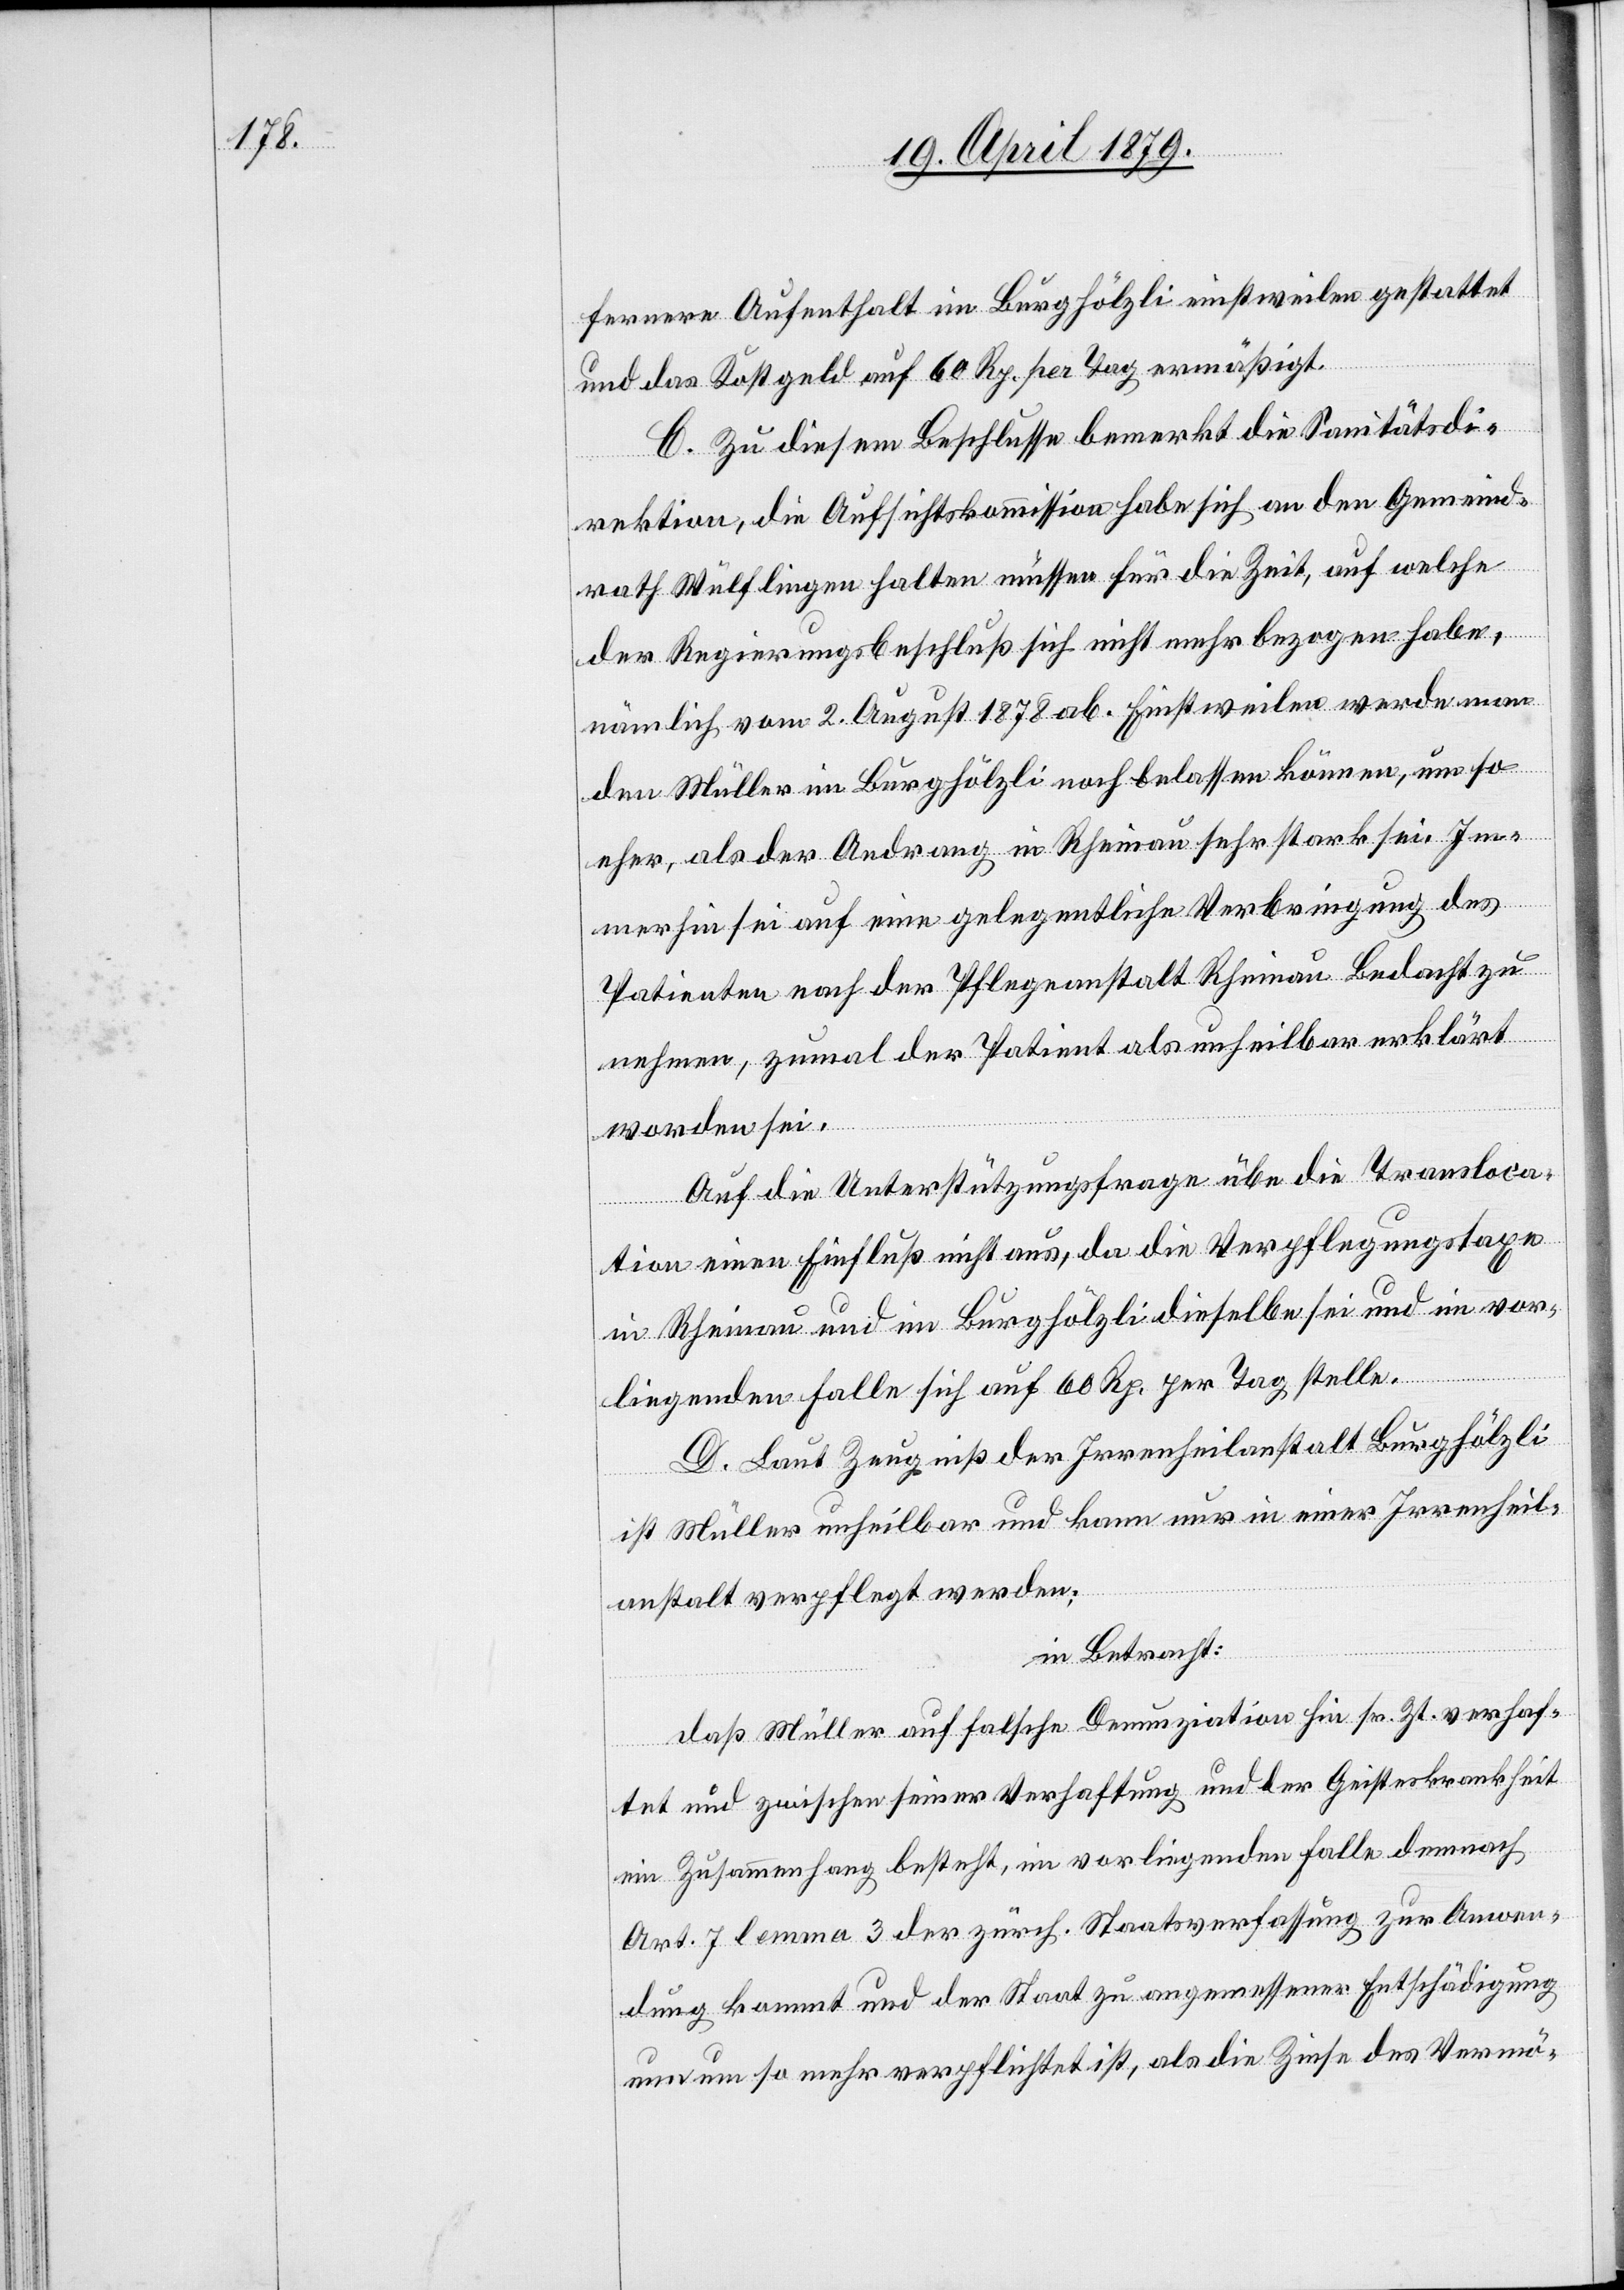
fernere Aufenthalt im Burghölzli einstweilen gestattet
und das Kostgeld auf 60 Rp. per Tag ermäßigt.
C. Zu diesem Beschlusse bemerkt die Sanitätsdi¬
rektion, die Aufsichtskommission habe sich an den Gemeind¬
rath Wülflingen halten müssen für die Zeit, auf welche
der Regierungsbeschluß sich nicht mehr bezogen habe,
nämlich vom 2. August 1878 ab. Einstweilen werde man
den Müller im Burghölzli noch belassen können, um so
eher, als der Andrang in Rheinau sehr stark sei. Im¬
merhin sei auf eine gelegentliche Verbringung des
Patienten nach der Pflegeanstalt Rheinau Bedacht zu
nehmen, zumal der Patient als unheilbar erklärt
worden sei.
Auf die Unterstützungsfrage übe die Transloca¬
tion einen Einfluß nicht aus, da die Verpflegungstaxe
in Rheinau und im Burghölzli dieselbe sei und im vor¬
liegenden Falle sich auf 60 Rp. per Tag stelle.
D. Laut Zeugniß der Irrenheilanstalt Burghölzli
ist Müller unheilbar und kann nur in einer Irrenheil¬
anstalt verpflegt werden;
in Betracht:
daß Müller auf falsche Denunziation hin sr. Zt. verhaf¬
tet und zwischen seiner Verhaftung und der Geisteskrankheit
ein Zusammenhang besteht, im vorliegenden Falle demnach
Art. 7 lemma 3 der zürch. Staatsverfassung zur Anwen¬
dung kommt und der Staat zu angemessener Entschädigung
nun um so mehr verpflichtet ist, als die Zinse des Vermö-